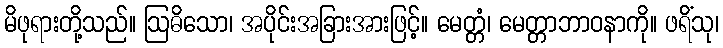
မိဖုရားတို့သည်။ ဩဓိသော၊ အပိုင်းအခြားအားဖြင့်။ မေတ္တံ၊ မေတ္တာဘာဝနာကို။ ဖရိံသု၊